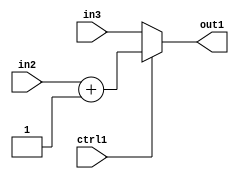
`timescale 1ps / 1ps
/*****************************************************************************
    Verilog RTL Description
    
    
    Created by: Stratus DpOpt 2019.1.01 
*******************************************************************************/

module st_weight_addr_gen_MuxAdd2i1u16u16u1_4_9 (
	in3,
	in2,
	ctrl1,
	out1
	); /* architecture "behavioural" */ 
input [15:0] in3,
	in2;
input  ctrl1;
output [15:0] out1;
wire [15:0] asc001,
	asc002;

assign asc002 = 
	+(in2)
	+(16'B0000000000000001);

reg [15:0] asc001_tmp_0;
assign asc001 = asc001_tmp_0;
always @ (ctrl1 or asc002 or in3) begin
	case (ctrl1)
		1'B1 : asc001_tmp_0 = asc002 ;
		default : asc001_tmp_0 = in3 ;
	endcase
end

assign out1 = asc001;
endmodule

/* CADENCE  v7X1SwE= : u9/ySgnWtBlWxVPRXgAZ4Og= ** DO NOT EDIT THIS LINE ******/